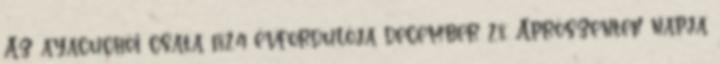
Az ayacuchói csata 1824 évfordulója december 28. Aprószentek napja